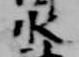
水